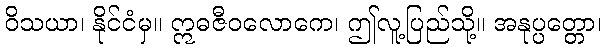
ဝိသယာ၊ နိုင်ငံမှ။ ဣဓဇီဝလောကေ၊ ဤလူ့ပြည်သို့။ အနုပ္ပတ္တော၊